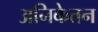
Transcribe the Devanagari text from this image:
अनिकेतन